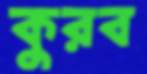
কুরব